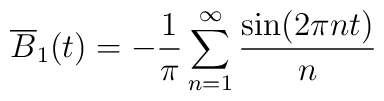
\overline{B}_{1}(t) = -\frac{1}{\pi}       \sum_{n=1}^{\infty} \frac{\sin(2\pi nt)}{n}